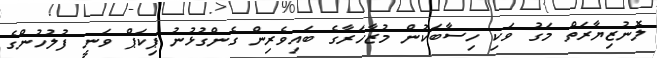
ލޮނުޒިޔާރަތް މަގު ވަކި ހިސާބަކުން މުޒާހަރާގެ ބައިވެރިން ގެންގުޅުނު ޕިކަޕް ވަނީ ފުލުހުންގެ